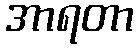
အာရတာ